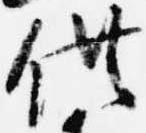
供